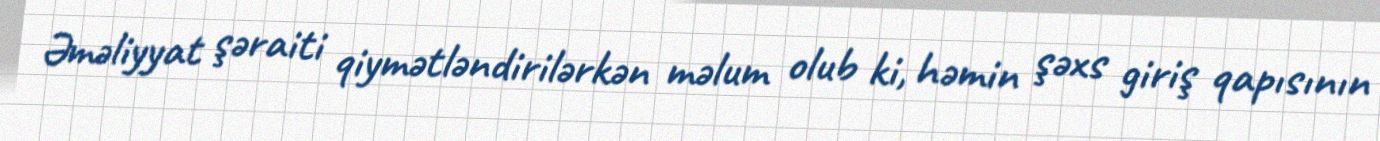
Əməliyyat şəraiti qiymətləndirilərkən məlum olub ki, həmin şəxs giriş qapısının